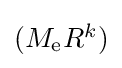
\textstyle (M_{\mathrm {e} }R^{k})